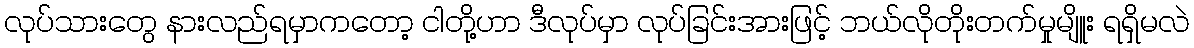
လုပ်သားတွေ နားလည်ရမှာကတော့ ငါတို့ဟာ ဒီလုပ်မှာ လုပ်ခြင်းအားဖြင့် ဘယ်လိုတိုးတက်မှုမျိူး ရရှိမလဲ